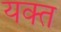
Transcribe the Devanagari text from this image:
यक्त